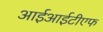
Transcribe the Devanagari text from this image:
आईआईटीएफ